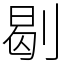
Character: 㓭